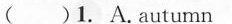
( )1.A.autumn